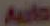
Auto